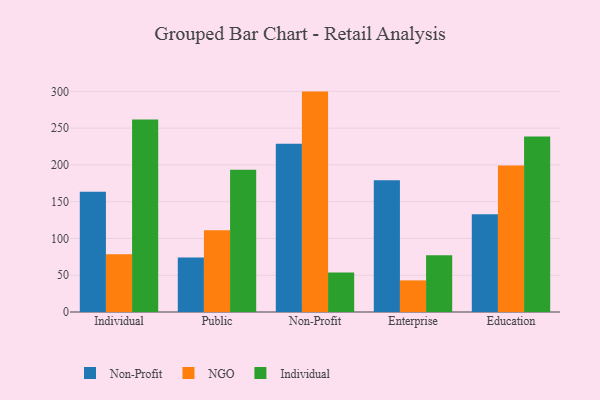
{"axis": {"x": "Segment", "y": "Operating Costs (USD K)"}, "legend": ["Individual", "NGO", "Non-Profit"], "data": [{"x": "Individual", "y": 163.4, "type": "Non-Profit"}, {"x": "Individual", "y": 78.4, "type": "NGO"}, {"x": "Individual", "y": 261.6, "type": "Individual"}, {"x": "Public", "y": 74.2, "type": "Non-Profit"}, {"x": "Public", "y": 111.3, "type": "NGO"}, {"x": "Public", "y": 193.5, "type": "Individual"}, {"x": "Non-Profit", "y": 228.7, "type": "Non-Profit"}, {"x": "Non-Profit", "y": 299.7, "type": "NGO"}, {"x": "Non-Profit", "y": 53.6, "type": "Individual"}, {"x": "Enterprise", "y": 179.1, "type": "Non-Profit"}, {"x": "Enterprise", "y": 43.0, "type": "NGO"}, {"x": "Enterprise", "y": 77.0, "type": "Individual"}, {"x": "Education", "y": 132.8, "type": "Non-Profit"}, {"x": "Education", "y": 199.2, "type": "NGO"}, {"x": "Education", "y": 238.5, "type": "Individual"}]}